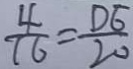
\frac { 4 } { 1 6 } = \frac { D E } { 2 0 }